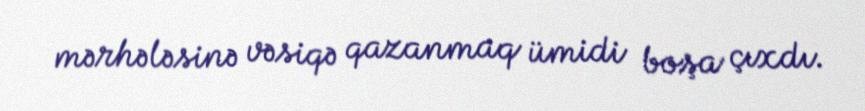
mərhələsinə vəsiqə qazanmaq ümidi boşa çıxdı.